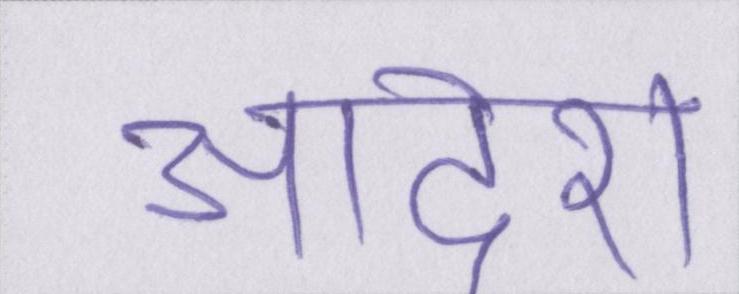
आदेश